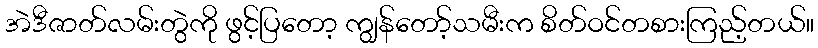
အဲဒီဇာတ်လမ်းတွဲကို ဖွင့်ပြတော့ ကျွန်တော့်သမီးက စိတ်ဝင်တစားကြည့်တယ်။